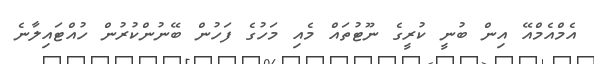
އެމްއެމްއޭ އިން ބުނީ ކުރީގެ ނޫޓުތައް މެއި މަހުގެ ފަހުން ބޭނުންކުރުން ހުއްޓައިލާނެ